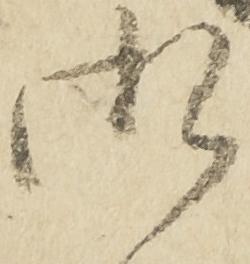
御